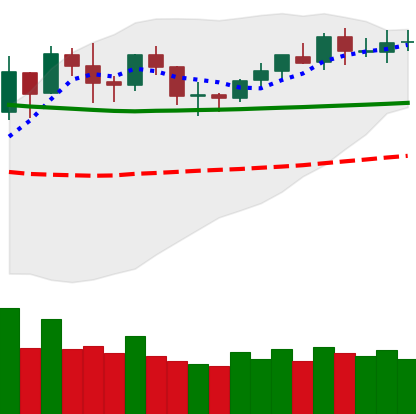
Ticker: BNB-USD
Chart end date: 2020-02-03
Forward return: 17.98%
Label: up_7plus